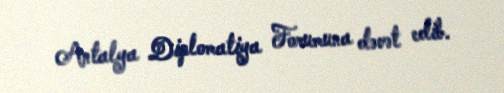
Antalya Diplomatiya Forumuna dəvət edib.